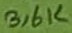
Text: 3,6K